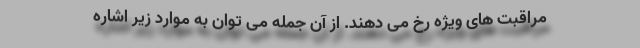
مراقبت های ویژه رخ می دهند. از آن جمله می توان به موارد زیر اشاره